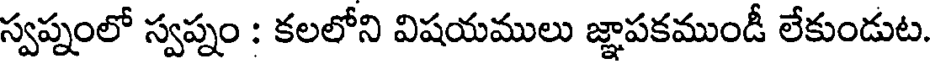
స్వప్నంలో స్వప్నం : కలలోని విషయములు జ్ఞాపకముండీ లేకుండుట.